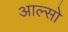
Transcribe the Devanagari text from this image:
आल्सो